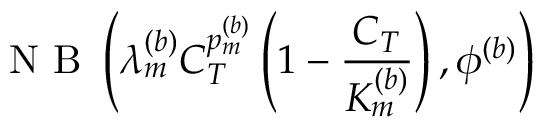
\mathrm { ~ N ~ B ~ } \left( \lambda _ { m } ^ { ( b ) } C _ { T } ^ { p _ { m } ^ { ( b ) } } \left( 1 - \frac { C _ { T } } { K _ { m } ^ { ( b ) } } \right) , \phi ^ { ( b ) } \right)